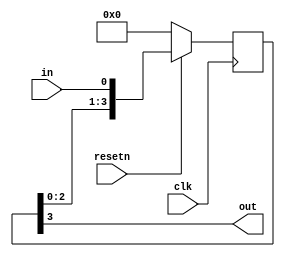
module top_module (
    input clk,
    input resetn,   // synchronous reset
    input in,
    output out);
    
    wire [3:0] sr;
    
    always @ (posedge clk) begin
        if (!resetn) begin
        	sr <= 0;
        end
        else begin
            sr <= {sr[2:0], in};
            // sr[0] <= in;
            // sr[1] <= sr[0];
            // sr[2] <= sr[1];
            // sr[3] <= sr[2];
        end     
    end
    
    assign out = sr[3];
    
endmodule